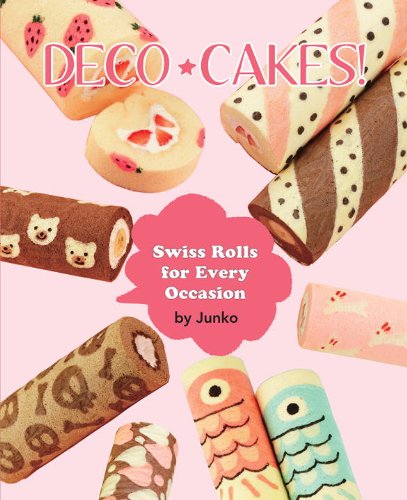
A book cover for Deco Cakes!; JUNKO; Cookbooks, Food & Wine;